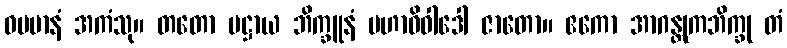
ဓမမာနံ အကံသု။ တတော ပဋ္ဌာယ ဘိက္ခူနံ မဟာဝိဝါဒေါ ဇာတော။ ဧကော အာဂန္တုကဘိက္ခု တံ